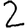
Digit: 2